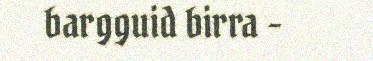
bargguid birra -